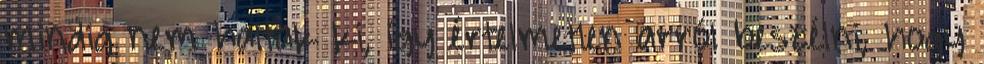
mindig nem haltak ki, így értelmetlen arról beszélni, hogy